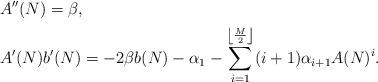
LaTeX: \begin{align*}&A''(N) = \beta ,\\& A'(N) b'(N) =-2\beta b(N)-\alpha_1-\sum_{i=1}^{\left\lfloor\frac{M}{2}\right\rfloor}(i+1)\alpha_{i+1}A(N)^i.\end{align*}